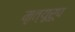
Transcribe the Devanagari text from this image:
मृत्यूरूप